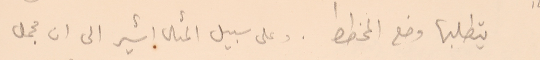
يتطلبها وضع المخطط . وعلى سبيل المثال اشير الى ان مجمل